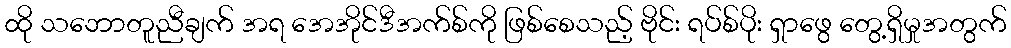
ထို သဘောတူညီချက် အရ အေအိုင်ဒီအက်စ်ကို ဖြစ်စေသည့် ဗိုင်း ရပ်စ်ပိုး ရှာဖွေ တွေ့ရှိမှုအတွက်